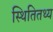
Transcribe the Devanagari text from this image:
स्थितितथ्य